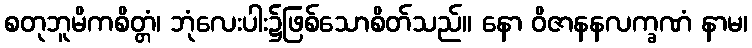
စတုဘူမိကစိတ္တံ၊ ဘုံလေးပါး၌ဖြစ်သောစိတ်သည်။ နော ဝိဇာနနလက္ခဏံ နာမ၊